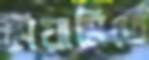
মিয়ামিতে